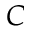
C